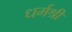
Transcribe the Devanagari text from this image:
धर्मश्री